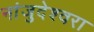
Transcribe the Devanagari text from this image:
नांजुदेश्‍वरा